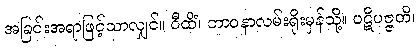
အခြင်းအရာဖြင့်သာလျှင်။ ဝီထိံ၊ ဘာဝနာလမ်းရိုးမှန်သို့။ ပဋိပဇ္ဇတိ၊